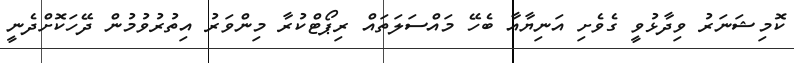
ކޮމިޝަނަރު ވިދާޅުވީ ގެވެށި އަނިޔާއާ ބެހޭ މައްސަލަތައް ރިޕޯޓްކުރާ މިންވަރު އިތުރުވުމުން ދޭހަކޮށްދެނީ